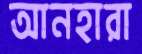
আনহারা